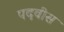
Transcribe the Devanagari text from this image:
पदवीस